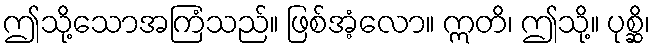
ဤသို့သောအကြံသည်။ ဖြစ်အံ့လော။ ဣတိ၊ ဤသို့။ ပုစ္ဆိ၊